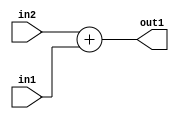
`timescale 1ps / 1ps
/*****************************************************************************
    Verilog RTL Description
    
    
    Created by: Stratus DpOpt 2019.1.01 
*******************************************************************************/

module DC_Filter_Add_4Ux2U_4U_1 (
	in2,
	in1,
	out1
	); /* architecture "behavioural" */ 
input [3:0] in2;
input [1:0] in1;
output [3:0] out1;
wire [3:0] asc001;

assign asc001 = 
	+(in2)
	+(in1);

assign out1 = asc001;
endmodule

/* CADENCE  urn0Sws= : u9/ySgnWtBlWxVPRXgAZ4Og= ** DO NOT EDIT THIS LINE ******/